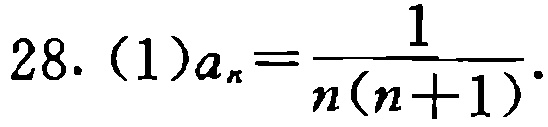
28. (1)$a_{n}=\frac{1}{n(n + 1)}$